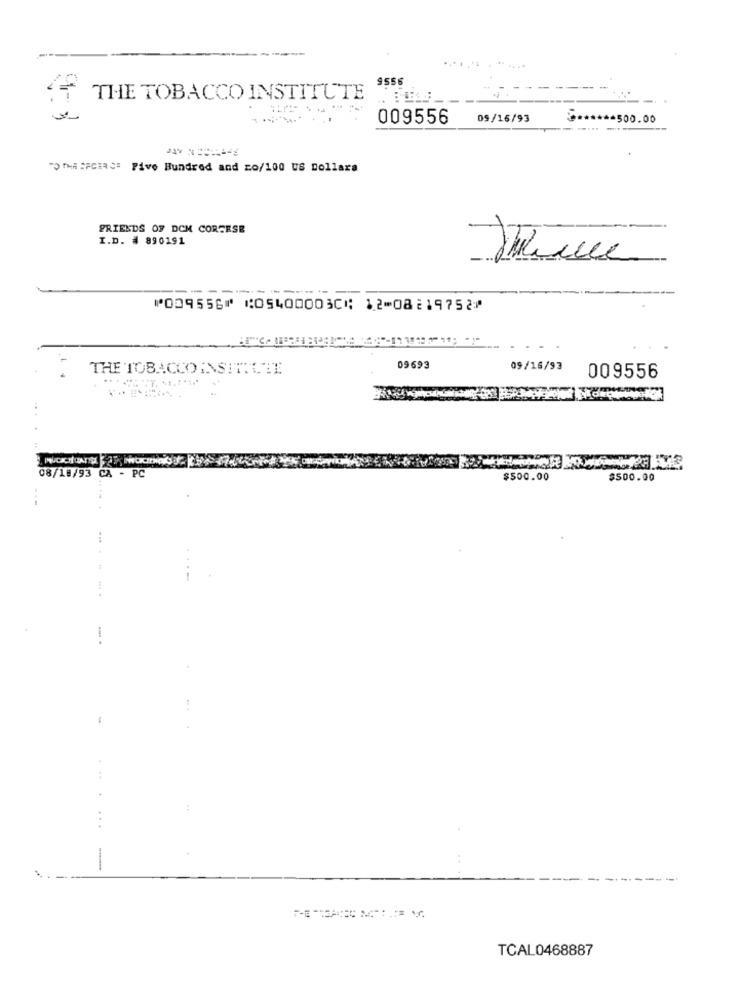
9556
THE TOBACCO INSTITUTE
009556
05/16/93
-500.00
THE SPCIRC Five Hundred and co/100 US Dollara
FRIENDS OF DCM CORSESE
I.D. # 890191
⑈009556⑈ ⑆054000030⑆ 12⑉08219752⑈
THE TOBACCOINSITTLEE
09693
09/16/93
009556
08/18/93 CA - PC
$500.00
$500.00
---
:
... ....
TCAL0468887